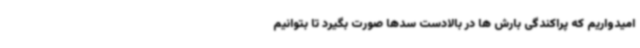
امیدواریم که پراکندگی بارش ها در بالادست سدها صورت بگیرد تا بتوانیم